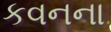
કવનના